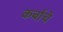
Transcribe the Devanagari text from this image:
कर्बाचे